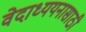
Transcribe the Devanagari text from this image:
वेदाध्ययनासाठी